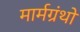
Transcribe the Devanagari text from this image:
मार्मग्रंथों